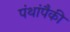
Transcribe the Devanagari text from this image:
पंथांपैकी